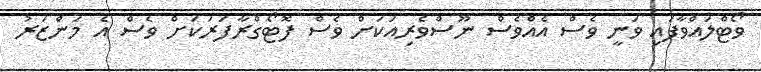
ވޯޓްލައްވާފައި ވަނީ ވެސް އެއްވެސް ނޫސްވެރިއަކަށް ވެސް ފޮޓޯގްރާފަރަކަށް ވެސް އެ މަންޒަރު